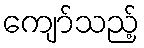
ကျော်သည့်